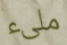
ملىء